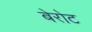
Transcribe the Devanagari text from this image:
बेरोट